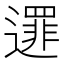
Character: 𨗻